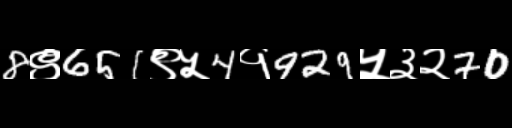
Text: 8९651९५4१929५३२70